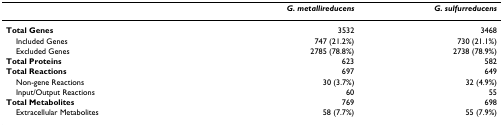
<table><thead><tr><td></td><td><b><i>G. metallireducens</i></b></td><td><b><i>G. sulfurreducens</i></b></td></tr></thead><tbody><tr><td><b>Total Genes</b></td><td>3532</td><td>3468</td></tr><tr><td> Included Genes</td><td>747 (21.2%)</td><td>730 (21.1%)</td></tr><tr><td> Excluded Genes</td><td>2785 (78.8%)</td><td>2738 (78.9%)</td></tr><tr><td><b>Total Proteins</b></td><td>623</td><td>582</td></tr><tr><td><b>Total Reactions</b></td><td>697</td><td>649</td></tr><tr><td> Non-gene Reactions</td><td>30 (3.7%)</td><td>32 (4.9%)</td></tr><tr><td> Input/Output Reactions</td><td>60</td><td>55</td></tr><tr><td><b>Total Metabolites</b></td><td>769</td><td>698</td></tr><tr><td> Extracellular Metabolites</td><td>58 (7.7%)</td><td>55 (7.9%)</td></tr></tbody></table>